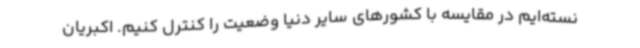
نسته‌ایم در مقایسه با کشورهای سایر دنیا وضعیت را کنترل کنیم. اکبریان